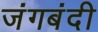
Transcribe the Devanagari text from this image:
जंगबंदी